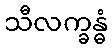
သီလက္ခန္ဓံ